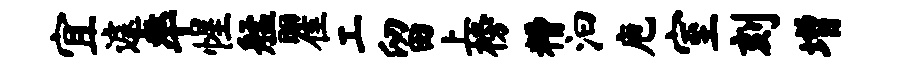
宜遽率惺艋瞿工留上榜糟汩庖室刻增